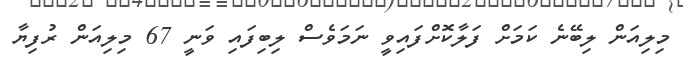
މިލިއަން ލިބޭނެ ކަމަށް ފަލާކޮށްފައިވީ ނަމަވެސް ލިބިފައި ވަނީ 67 މިލިއަން ރުފިޔާ